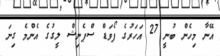
އޭނާ މިހެން ބުނީ 27 އަހަރުގެ ފޯވަޑް ސްޕެނިޝް ލީގުގެ އެންމެ ގިނަ